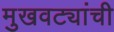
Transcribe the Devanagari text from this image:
मुखवट्यांची